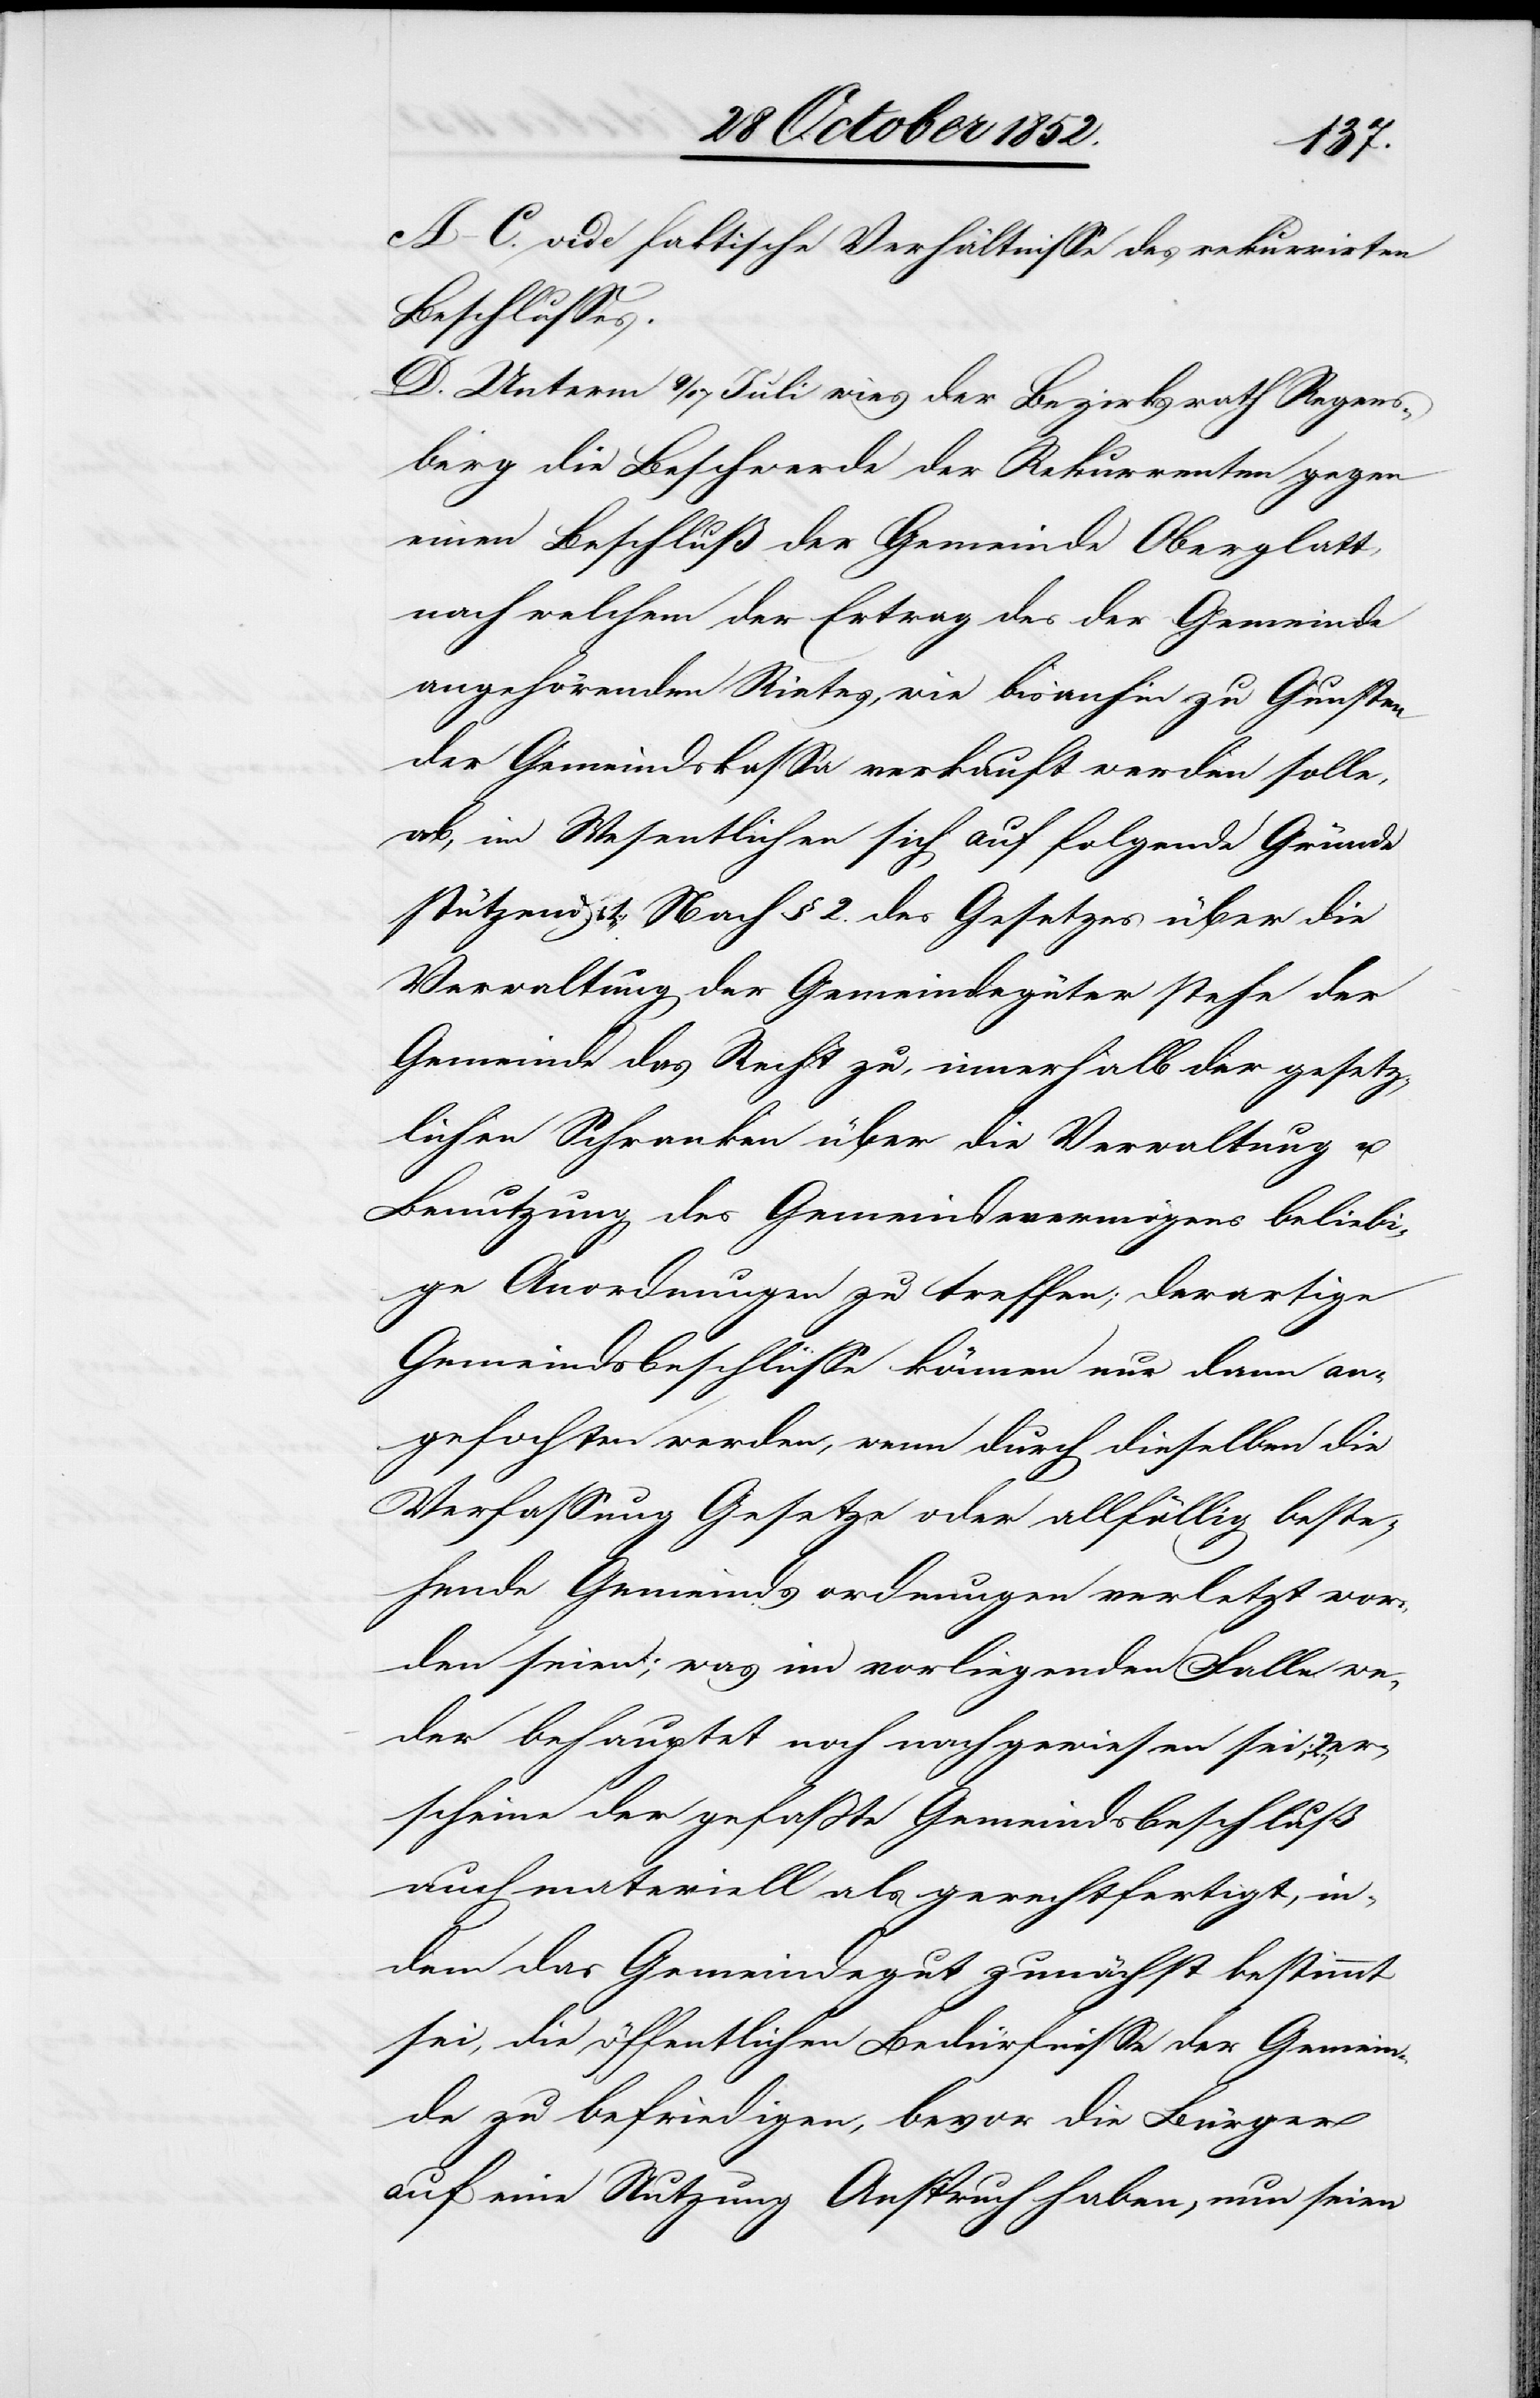
A–C. vide faktische Verhältnisse des rekurrirten
Beschlusses.
D. Unterm 9 / 17 Juli wies der Bezirksrath Regens¬
berg die Beschwerde der Rekurrenten gegen
einen Beschluß der Gemeinde Oberglatt
nach welchem der Ertrag des der Gemeinde
angehörenden Rietes, wie bisanhin zu Gunsten
der Gemeindskassa verkauft werden solle,
ab, im Wesentlichen sich auf folgende Gründe
stützend: 1., Nach § 2. des Gesetzes über die
Verwaltung der Gemeindegüter stehe der
Gemeinde das Recht zu, innerhalb der gesetz¬
lichen Schranken über die Verwaltung u.
Benutzung des Gemeindevermögens beliebi¬
ge Anordnungen zu treffen; derartige
Gemeindsbeschlüsse können nur dann an¬
gefochten werden, wenn durch dieselben die
Verfassung[,] Gesetze oder allfällig beste¬
hende Gemeindsordnungen verletzt wor¬
den seien; was im vorliegenden Falle we¬
der behauptet noch nachgewiesen sei; 2.,
erscheine der gefaßte Gemeindsbeschluß
auch materiell als gerechtfertigt, in¬
dem das Gemeindegut zunächst bestimmt
sei, die öffentlichen Bedürfnisse der Gemein¬
de zu befriedigen, bevor die Bürger
auf eine Nutzung Anspruch haben, nun seien